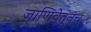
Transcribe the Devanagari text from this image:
जाणिवेतूनच